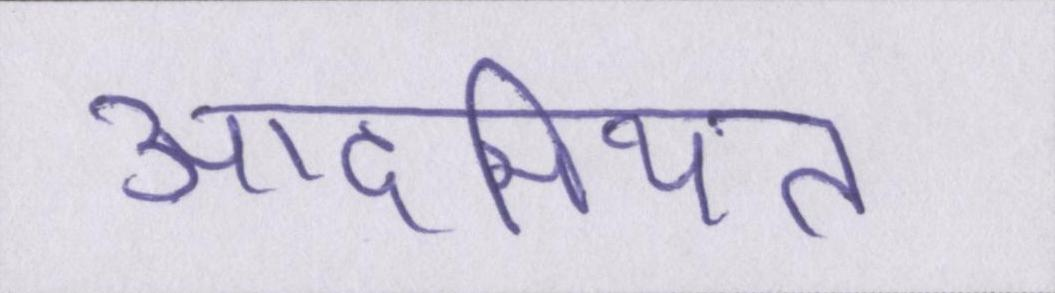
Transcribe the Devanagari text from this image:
आदमियत